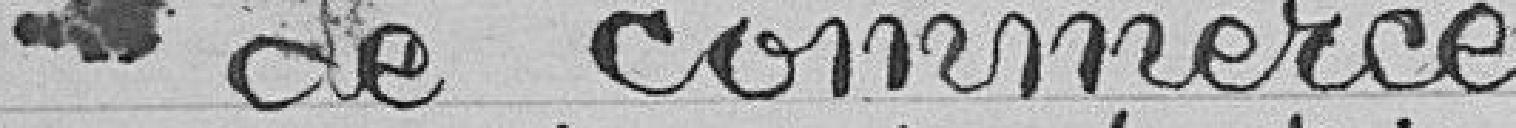
de commerce